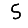
Digit: 5